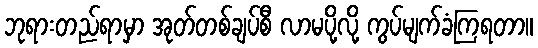
ဘုရားတည်ရာမှာ အုတ်တစ်ချပ်စီ လာမပို့လို့ ကွပ်မျက်ခံကြရတာ။